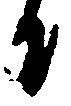
日